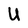
Character: U